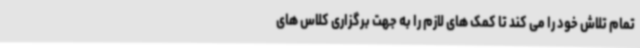
تمام تلاش خود را می کند تا کمک های لازم را به جهت برگزاری کلاس های